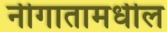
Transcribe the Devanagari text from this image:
नीगातामधील